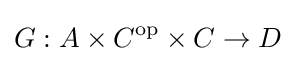
G:A\times C^{\mathrm {op} }\times C\rightarrow D